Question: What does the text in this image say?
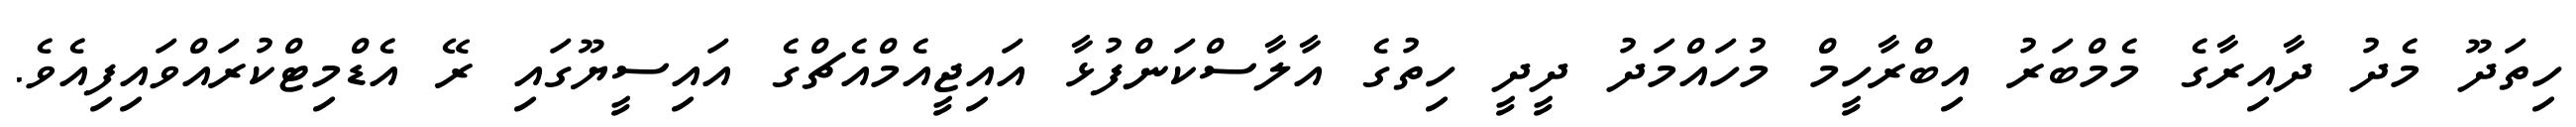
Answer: ހިތަދޫ މެދު ދާއިރާގެ މެމްބަރު އިބްރާހީމް މުހައްމަދު ދީދީ ހިތުގެ އާލާސްކަންފުޅާ އައިޖީއެމްއެޗްގެ އައިސީޔޫގައި ރޭ އެޑްމިޓްކުރައްވައިފިއެވެ.